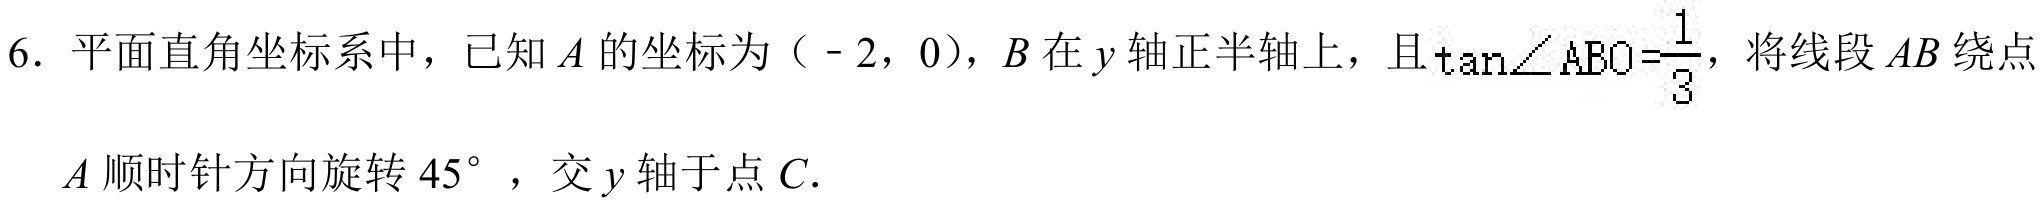
6. 平面直角坐标系中，已知$A$的坐标为（-2，0），$B$在$y$轴正半轴上，且$\tan\angle ABO=\frac{1}{3}$，将线段$AB$绕点
$A$顺时针方向旋转$45^{\circ}$，交$y$轴于点$C$．